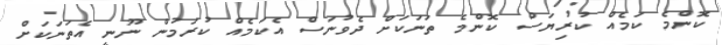
ކޮންމެ ކަމެއް ކުރިޔަސް ކޮންމެ ތަނަކަށް ދެވުނަސް އެކަމެއް ކުރަމުން ނޫނީ އެތަނަކަށް